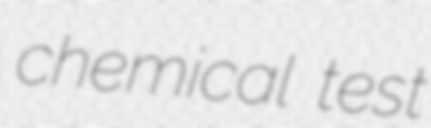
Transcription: chemical test